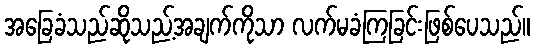
အခြေခံသည်ဆိုသည့်အချက်ကိုသာ လက်မခံကြခြင်းဖြစ်ပေသည်။